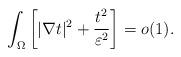
LaTeX: \begin{align*} \int_\Omega \left[|\nabla t|^2+\frac{t^2}{\varepsilon^2}\right]=o(1).\end{align*}